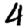
Digit: 4